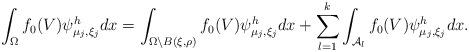
LaTeX: \begin{align*} \int_\Omega f_0(V) \psi^h_{ \mu_j,\xi_j}dx & = \int_{\Omega\setminus B(\xi,\rho)} f_0(V) \psi^h_{ \mu_j,\xi_j}dx +\sum_{l=1}^k\int_{\mathcal{A}_l} f_0(V) \psi^h_{ \mu_j,\xi_j}dx.\end{align*}